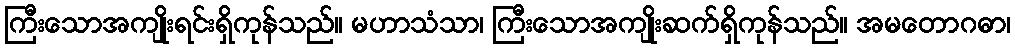
ကြီးသောအကျိုးရင်းရှိကုန်သည်။ မဟာသံသာ၊ ကြီးသောအကျိုးဆက်ရှိကုန်သည်။ အမတောဂဓာ၊